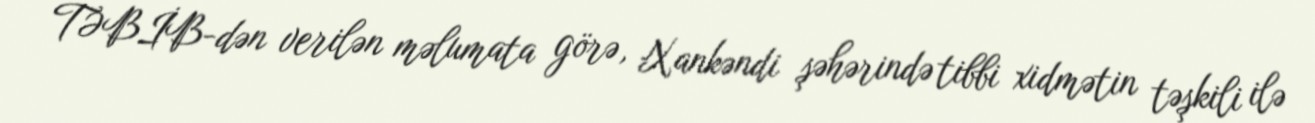
TƏBİB-dən verilən məlumata görə, Xankəndi şəhərində tibbi xidmətin təşkili ilə